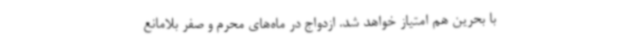
با بحرین هم امتیاز خواهد شد. ازدواج در ماه‌های محرم و صفر بلامانع